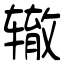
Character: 辙